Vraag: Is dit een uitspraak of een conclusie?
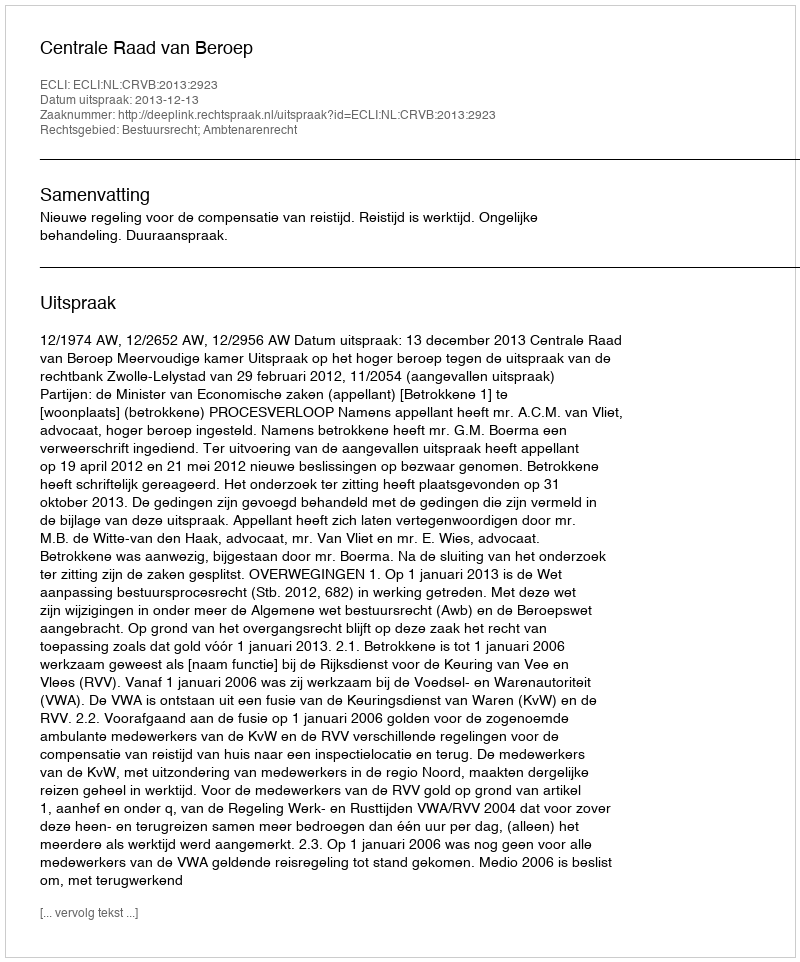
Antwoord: Uitspraak